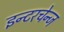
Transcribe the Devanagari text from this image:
इन्टरचेन्ज